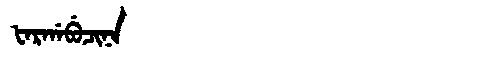
Manchu: ᡶᠠᡵᡤᠠᠪᡠᠴᡳᠨᠠ
Romanization: FARGABUCINA